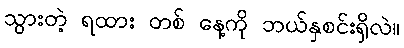
သွားတဲ့ ရထား တစ် နေ့ကို ဘယ်နှစင်းရှိလဲ။